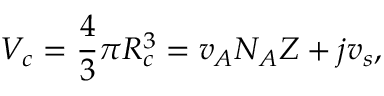
V _ { c } = \frac { 4 } { 3 } \pi R _ { c } ^ { 3 } = v _ { A } N _ { A } Z + j v _ { s } ,